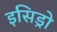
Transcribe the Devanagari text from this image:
इसिड्रो